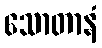
သောတာနံ